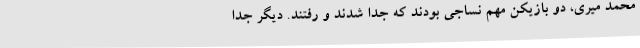
محمد میری، دو بازیکن مهم نساجی بودند که جدا شدند و رفتند. دیگر جدا